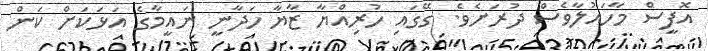
އޮފީސް މާހައުލާވެސް ދުރަށެވެ. ގޭގައި ހުރިއްޔާ ޒާޔާ ހަދާނީ ނައީމާގެ އަޅަކަށް ކަން